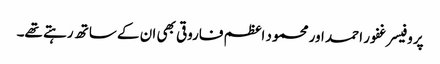
پروفیسر غفور احمد اور محمود اعظم فاروقی بھی ان کے ساتھ رہتے تھے۔